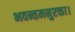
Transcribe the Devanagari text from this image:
भवन्तमनुरक्ता।